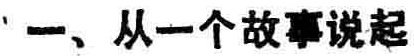
一、从一个故事说起